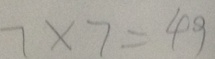
7 \times 7 = 4 9